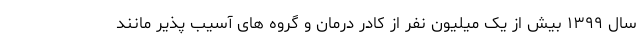
سال ۱۳۹۹ بیش از یک میلیون نفر از کادر درمان و گروه های آسیب پذیر مانند